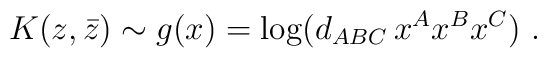
K(z,\bar z)\sim g( x) = \log (d_{ABC}\,x^Ax^Bx^C) \ .